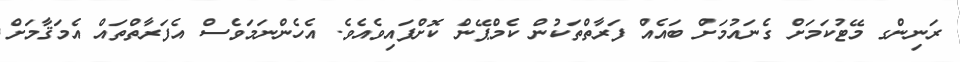
ރަނިންގ މޭޓުކަމަށް ގެނައުމަށް ބައެއް ފަރާތްތަކުން ކެމްޕޭން ކޮށްފައިވެއެވެ. އެހެންނަމަވެސް އެފަރާތްތައް އެމަޤާމަށް